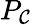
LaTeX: P_{\mathcal{C}}